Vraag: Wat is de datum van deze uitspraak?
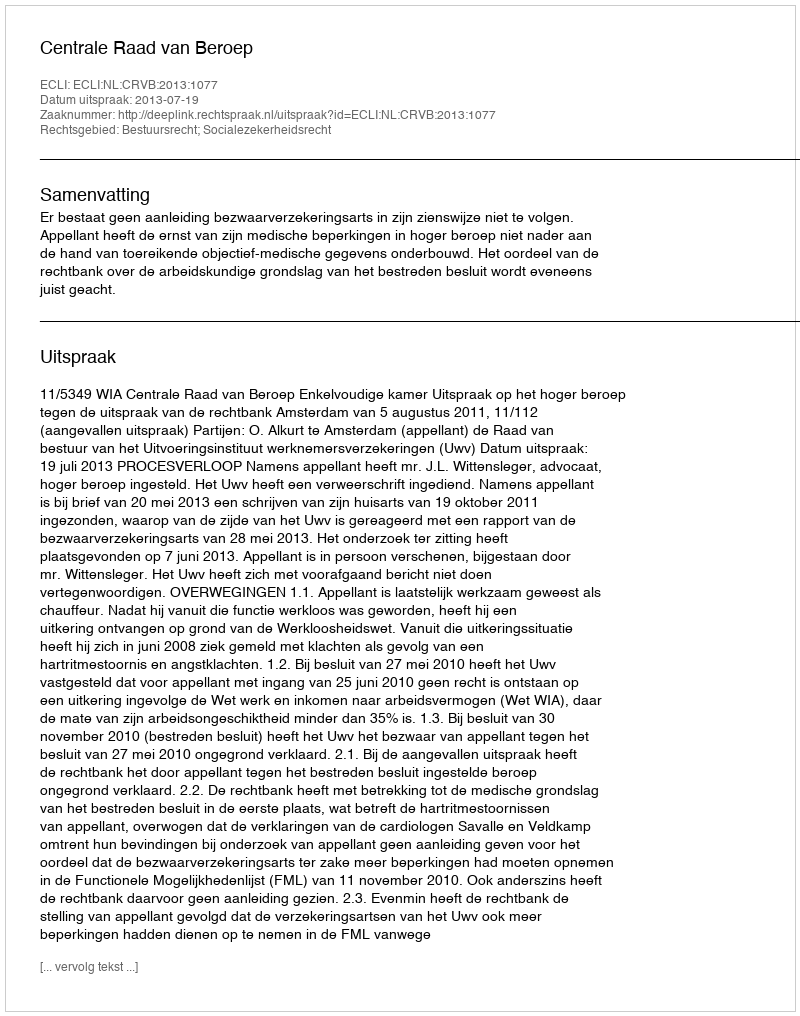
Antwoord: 2013-07-19